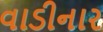
વાડીનાર